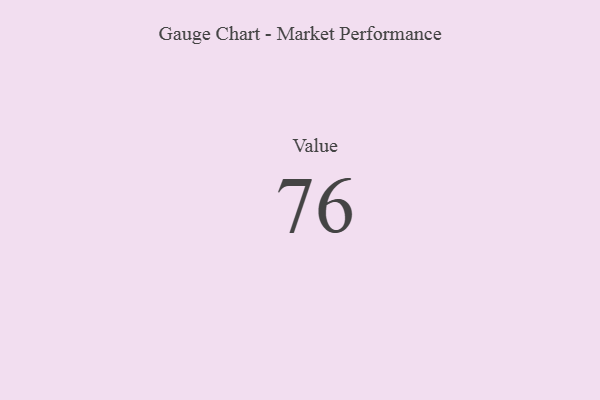
{"axis": {"x": "Metric", "y": "Value"}, "legend": [""], "data": [{"x": "Value", "y": 76, "type": ""}]}